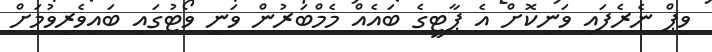
ވިޕް ނެރެފައި ވަނިކޮށް އެ ޕާޓީގެ ބައެއް މެމްބަރުން ވަނީ ވޯޓުގައި ބައިވެރިވުމަށް